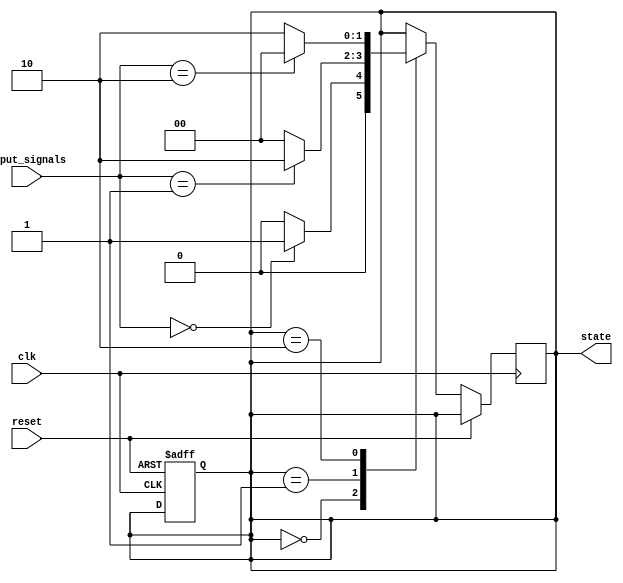
module Sequential_StateMachine (
    input wire clk,
    input wire reset,
    input wire [1:0] input_signals,
    output reg [1:0] state
);

// Define the state encoding
parameter STATE_A = 2'b00;
parameter STATE_B = 2'b01;
parameter STATE_C = 2'b10;

// Define the state variable
reg [1:0] next_state;

// Sequential logic to update the state based on current state and input signals
always @ (posedge clk or posedge reset) begin
    if (reset) begin
        state <= STATE_A;
    end else begin
        case(state)
            STATE_A: begin
                if (input_signals == 2'b00) begin
                    next_state <= STATE_B;
                end else begin
                    next_state <= STATE_A;
                end
            end
            STATE_B: begin
                if (input_signals == 2'b01) begin
                    next_state <= STATE_C;
                end else begin
                    next_state <= STATE_A;
                end
            end
            STATE_C: begin
                if (input_signals == 2'b10) begin
                    next_state <= STATE_A;
                end else begin
                    next_state <= STATE_C;
                end
            end
        endcase
    end
end

// Output the next state
always @ (*) begin
    state <= next_state;
end

endmodule